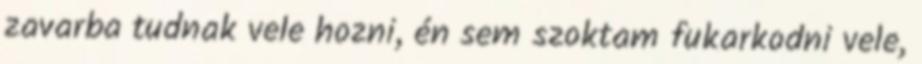
zavarba tudnak vele hozni, én sem szoktam fukarkodni vele,